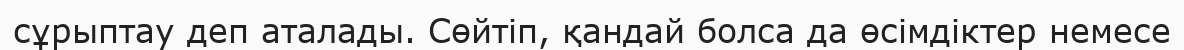
сұрыптау деп аталады. Сөйтіп, қандай болса да өсімдіктер немесе